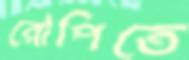
রোপিতে